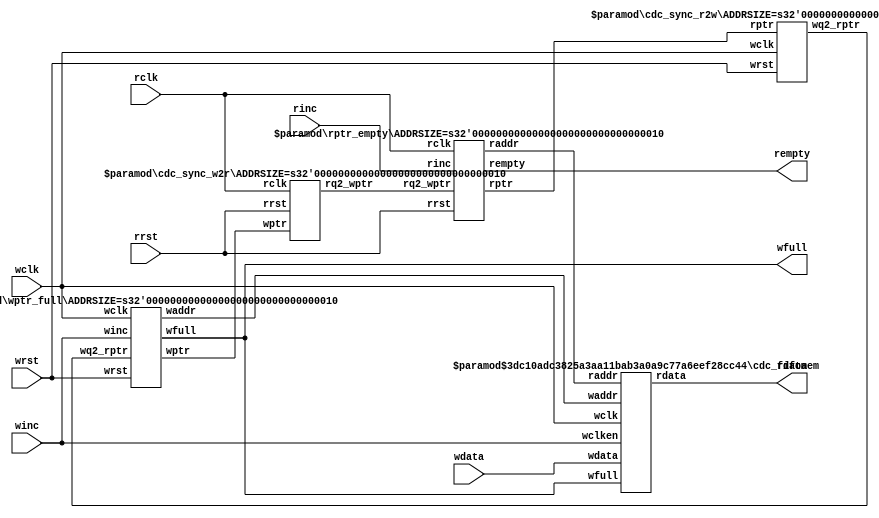
/**
 * ------------------------------------------------------------
 * Copyright (c) SILAB , Physics Institute of Bonn University 
 * ------------------------------------------------------------
 *
 * SVN revision information:
 *  $Rev:: 525                   $:
 *  $Author:: slava              $: 
 *  $Date:: 2014-12-15 09:13:16 #$:
 */
 

module cdc_syncfifo #(parameter DSIZE = 34, parameter ASIZE = 2)
    (
        output wire [DSIZE-1:0] rdata,
        output wire wfull,
        output wire rempty,
        input wire [DSIZE-1:0] wdata,
        input wire winc, wclk, wrst,
        input wire rinc, rclk, rrst);
        
    wire [ASIZE-1:0] waddr, raddr;
    wire [ASIZE:0] wptr, rptr, wq2_rptr, rq2_wptr;
    
    cdc_sync_r2w #(.ADDRSIZE(ASIZE)) sync_r2w_inst (.wq2_rptr(wq2_rptr), .rptr(rptr),
        .wclk(wclk), .wrst(wrst));
        
    cdc_sync_w2r #(.ADDRSIZE(ASIZE)) sync_w2r_inst (.rq2_wptr(rq2_wptr), .wptr(wptr),
        .rclk(rclk), .rrst(rrst));
        
    cdc_fifomem #(.DATASIZE(DSIZE), .ADDRSIZE(ASIZE)) cdc_fifomem_inst
    (.rdata(rdata), .wdata(wdata),
        .waddr(waddr), .raddr(raddr),
        .wclken(winc), .wfull(wfull),
        .wclk(wclk));
        
    rptr_empty #(.ADDRSIZE(ASIZE)) rptr_empty_inst
    (.rempty(rempty),
        .raddr(raddr),
        .rptr(rptr), .rq2_wptr(rq2_wptr),
        .rinc(rinc), .rclk(rclk),
        .rrst(rrst));
        
    wptr_full #(.ADDRSIZE(ASIZE)) wptr_full_inst
    (.wfull(wfull), .waddr(waddr),
        .wptr(wptr), .wq2_rptr(wq2_rptr),
        .winc(winc), .wclk(wclk),
        .wrst(wrst));
        
endmodule

module cdc_fifomem #(parameter DATASIZE = 34, // Memory data word widt
                 parameter ADDRSIZE = 2) // Number of mem address
    (
    output wire [DATASIZE-1:0] rdata,
    input wire [DATASIZE-1:0] wdata,
    input wire [ADDRSIZE-1:0] waddr, raddr,
    input wire wclken, wfull, wclk
        );
        
        
//`ifdef VENDORRAM
//
//    // instantiation of a vendor's dual-port RAM
//    vendor_ram mem (.dout(rdata), .din(wdata),
//        .waddr(waddr), .raddr(raddr),
//        .wclken(wclken),
//        .wclken_n(wfull), .clk(wclk));
//`else

    // RTL Verilog memory model
    localparam DEPTH = 1<<ADDRSIZE;
    reg [DATASIZE-1:0] cdc_mem [0:DEPTH-1];
    
    
    assign rdata = cdc_mem[raddr];
    //always @(posedge wclk)
    //	rdata <= mem[raddr];
        
    always @(posedge wclk)
        if (wclken && !wfull) cdc_mem[waddr] <= wdata;
        
//`endif

endmodule



module rptr_empty #(parameter ADDRSIZE = 2)
    (
    output reg rempty,
    output wire [ADDRSIZE-1:0] raddr,
    output reg [ADDRSIZE :0] rptr,
    input wire [ADDRSIZE :0] rq2_wptr,
    input wire rinc, rclk, rrst
    );
    
    reg [ADDRSIZE:0] rbin;
    wire [ADDRSIZE:0] rgraynext, rbinnext;
    //-------------------
    // GRAYSTYLE2 pointer
    //-------------------
    //synopsys sync_set_reset "rrst"
    always @(posedge rclk)
        if (rrst) {rbin, rptr} <= 0;
        else {rbin, rptr} <= {rbinnext, rgraynext};
        
    // Memory read-address pointer (okay to use binary to address memory)
    assign raddr = rbin[ADDRSIZE-1:0];
    assign rbinnext = rbin + (rinc & ~rempty);
    assign rgraynext = (rbinnext>>1) ^ rbinnext;
    //---------------------------------------------------------------
    // FIFO empty when the next rptr == synchronized wptr or on reset
    //---------------------------------------------------------------
    wire rempty_val;
    assign rempty_val = (rgraynext == rq2_wptr);
    //synopsys sync_set_reset "rrst"
    always @(posedge rclk)
        if (rrst) rempty <= 1'b1;
        else rempty <= rempty_val;
        
endmodule

module wptr_full #(parameter ADDRSIZE = 2)
    (
    output reg wfull,
    output wire [ADDRSIZE-1:0] waddr,
    output reg [ADDRSIZE :0] wptr,
    input wire [ADDRSIZE :0] wq2_rptr,
    input wire winc, wclk, wrst
    );
    
    reg [ADDRSIZE:0] wbin;
    wire [ADDRSIZE:0] wgraynext, wbinnext;
    // GRAYSTYLE2 pointer
    //synopsys sync_set_reset "wrst"
    always @(posedge wclk)
        if (wrst) {wbin, wptr} <= 0;
        else {wbin, wptr} <= {wbinnext, wgraynext};
    // Memory write-address pointer (okay to use binary to address memory)
    assign waddr = wbin[ADDRSIZE-1:0];
    assign wbinnext = wbin + (winc & ~wfull);
    assign wgraynext = (wbinnext>>1) ^ wbinnext;
    //------------------------------------------------------------------
    // Simplified version of the three necessary full-tests:
    // assign wfull_val=((wgnext[ADDRSIZE]    !=wq2_rptr[ADDRSIZE] ) &&
    //                   (wgnext[ADDRSIZE-1] !=wq2_rptr[ADDRSIZE-1]) &&
    //                   (wgnext[ADDRSIZE-2:0]==wq2_rptr[ADDRSIZE-2:0]));
    //------------------------------------------------------------------
    wire wfull_val;
    assign wfull_val = (wgraynext=={~wq2_rptr[ADDRSIZE:ADDRSIZE-1], wq2_rptr[ADDRSIZE-2:0]});
    //synopsys sync_set_reset "wrst"
    always @(posedge wclk)
        if (wrst) wfull <= 1'b0;
        else wfull <= wfull_val;
        
endmodule

module cdc_sync_r2w #(parameter ADDRSIZE = 2)
    (output reg [ADDRSIZE:0] wq2_rptr,
    input wire [ADDRSIZE:0] rptr,
    input wire wclk, wrst
    );
    
    reg [ADDRSIZE:0] cdc_sync_wq1_rptr;
    //synopsys sync_set_reset "wrst"
    always @(posedge wclk)
        if (wrst) {wq2_rptr,cdc_sync_wq1_rptr} <= 0;
        else {wq2_rptr,cdc_sync_wq1_rptr} <= {cdc_sync_wq1_rptr,rptr};
        
endmodule

module cdc_sync_w2r #(parameter ADDRSIZE = 2)
    (
    output reg [ADDRSIZE:0] rq2_wptr,
    input wire [ADDRSIZE:0] wptr,
    input wire rclk, rrst
    );
        
    reg [ADDRSIZE:0] cdc_sync_rq1_wptr;
    //synopsys sync_set_reset "rrst"
    always @(posedge rclk)
        if (rrst) {rq2_wptr,cdc_sync_rq1_wptr} <= 0;
        else {rq2_wptr,cdc_sync_rq1_wptr} <= {cdc_sync_rq1_wptr,wptr};
    
endmodule